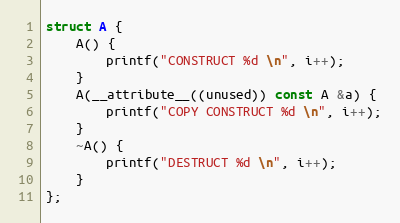
Language: C++
struct A {
    A() {
        printf("CONSTRUCT %d \n", i++);
    }
    A(__attribute__((unused)) const A &a) {
        printf("COPY CONSTRUCT %d \n", i++);
    }
    ~A() {
        printf("DESTRUCT %d \n", i++);
    }
};